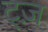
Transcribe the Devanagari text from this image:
ट्ज़